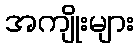
အကျိုးများ